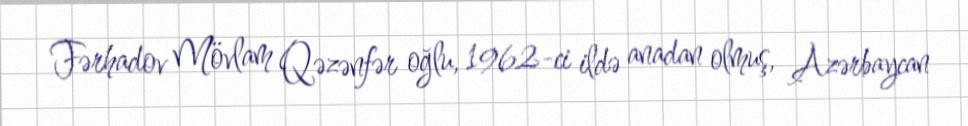
Fərhadov Mövlam Qəzənfər oğlu, 1962-ci ildə anadan olmuş, Azərbaycan